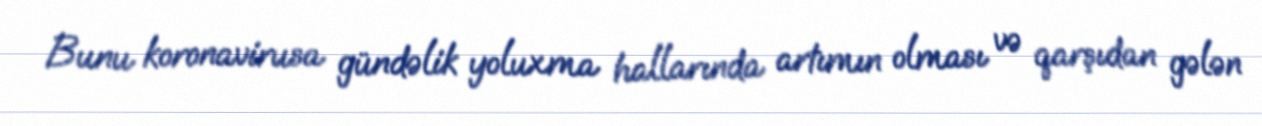
Bunu koronavirusa gündəlik yoluxma hallarında artımın olması və qarşıdan gələn